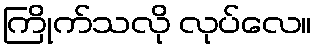
ကြိုက်သလို လုပ်လေ။